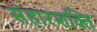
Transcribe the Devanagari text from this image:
संहारशक्ति